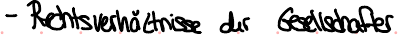
- Rechtsverhältnisse der Gesellschafter